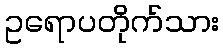
ဥရောပတိုက်သား